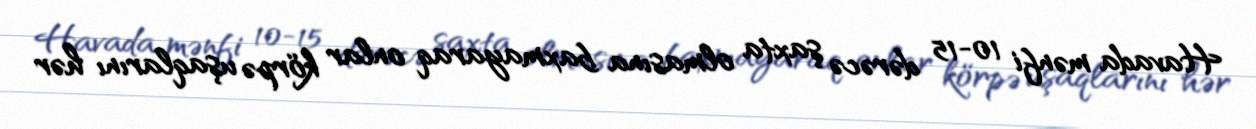
Havada mənfi 10-15 dərəcə şaxta olmasına baxmayaraq onlar körpə uşaqlarını hər